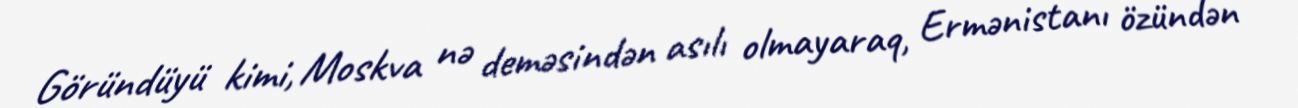
Göründüyü kimi, Moskva nə deməsindən asılı olmayaraq, Ermənistanı özündən